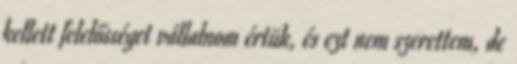
kellett felelősséget vállalnom értük, és ezt nem szerettem, de